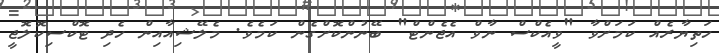
ހަތިޔާރެއް ކަމަށްވާ "ވީއެކްސް ނާވް އެޖެންޓް" ބޭނުންކޮށްގެން ކަމެވެ. މެލޭޝިއާއިން ހެދި ޓޮކްސިކޮލޮޖީ